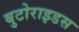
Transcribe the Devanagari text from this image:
बुटोराइडस